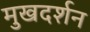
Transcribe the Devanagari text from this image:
मुखदर्शन